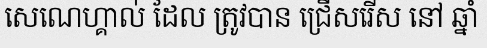
សេណេហ្គាល់ ដែល ត្រូវបាន ជ្រើសរើស នៅ ឆ្នាំ